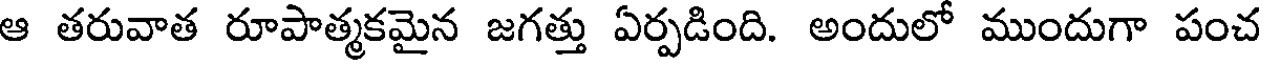
ఆ తరువాత రూపాత్మకమైన జగత్తు ఏర్పడింది. అందులో ముందుగా పంచ